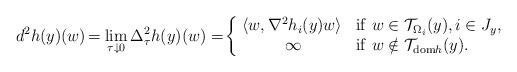
LaTeX: \begin{align*} d^2h(y)(w)\!=\lim_{\tau\downarrow 0}\Delta_{\tau}^2h(y)(w)=\!\left\{\begin{array}{cl} \!\langle w,\nabla^2 h_{i}(y)w\rangle &{\rm if}\ w\in \mathcal{T}_{\Omega_i}(y),i\in J_{y},\\ \infty & {\rm if}\ w\notin \mathcal{T}_{{\rm dom}h}(y). \end{array}\right. \end{align*}